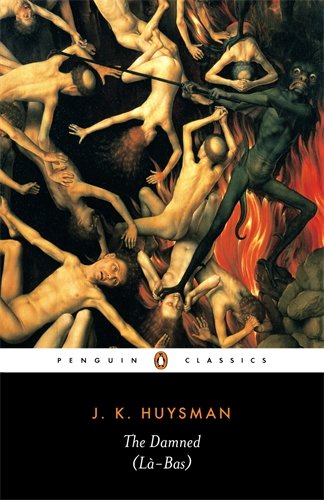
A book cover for The Damned (La-Bas) (Penguin Classics); Joris-Karl Huysmans; Mystery, Thriller & Suspense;